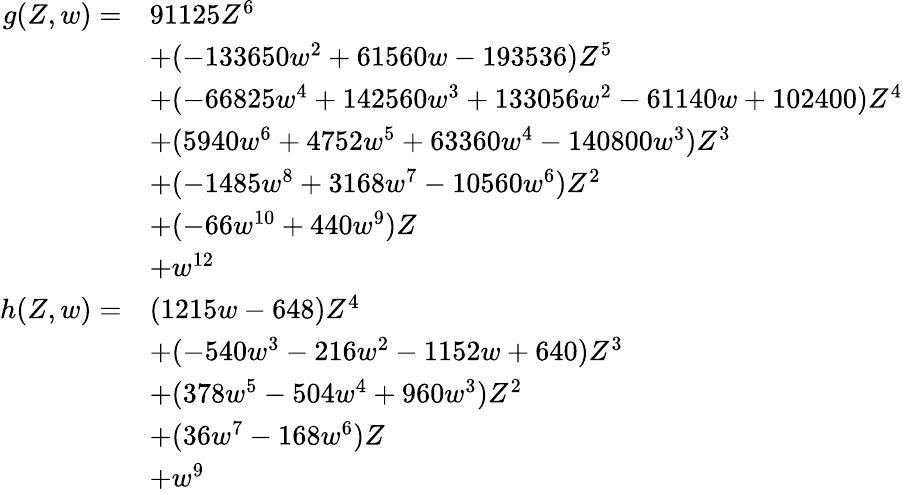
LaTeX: {\begin{array}{rl}{g(Z,w)=}&{91125Z^{6}}\\ &{+(-133650w^{2}+61560w-193536)Z^{5}}\\ &{+(-66825w^{4}+142560w^{3}+133056w^{2}-61140w+102400)Z^{4}}\\ &{+(5940w^{6}+4752w^{5}+63360w^{4}-140800w^{3})Z^{3}}\\ &{+(-1485w^{8}+3168w^{7}-10560w^{6})Z^{2}}\\ &{+(-66w^{10}+440w^{9})Z}\\ &{+w^{12}}\\ {h(Z,w)=}&{(1215w-648)Z^{4}}\\ &{+(-540w^{3}-216w^{2}-1152w+640)Z^{3}}\\ &{+(378w^{5}-504w^{4}+960w^{3})Z^{2}}\\ &{+(36w^{7}-168w^{6})Z}\\ &{+w^{9}}\end{array}}